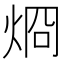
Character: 烱